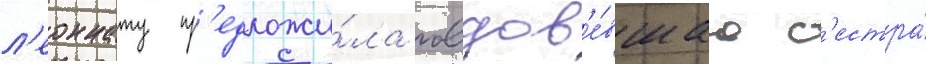
л'еоннату пр'едложи́ла овдов'е́вшаа с'естра́